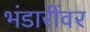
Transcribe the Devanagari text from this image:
भंडारींवर